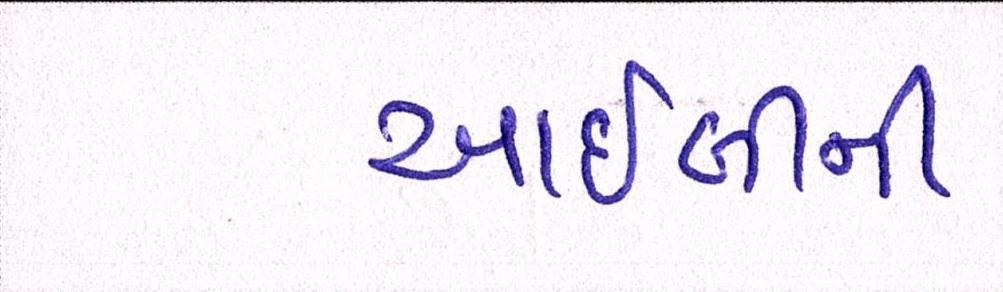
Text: આઈબીની